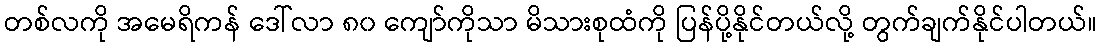
တစ်လကို အမေရိကန် ဒေါ်လာ ၈၀ ကျော်ကိုသာ မိသားစုထံကို ပြန်ပို့နိုင်တယ်လို့ တွက်ချက်နိုင်ပါတယ်။